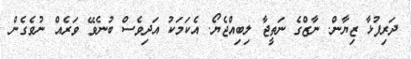
ދަރިފުޅާ ޒިޔާން. ނާޒްގެ ނަތީޖާ ލިބިއްޖެޔޯ. އެކަމަކު އަދިވެސް ބުނެވޭ ވަރެއް ނުވެގެން